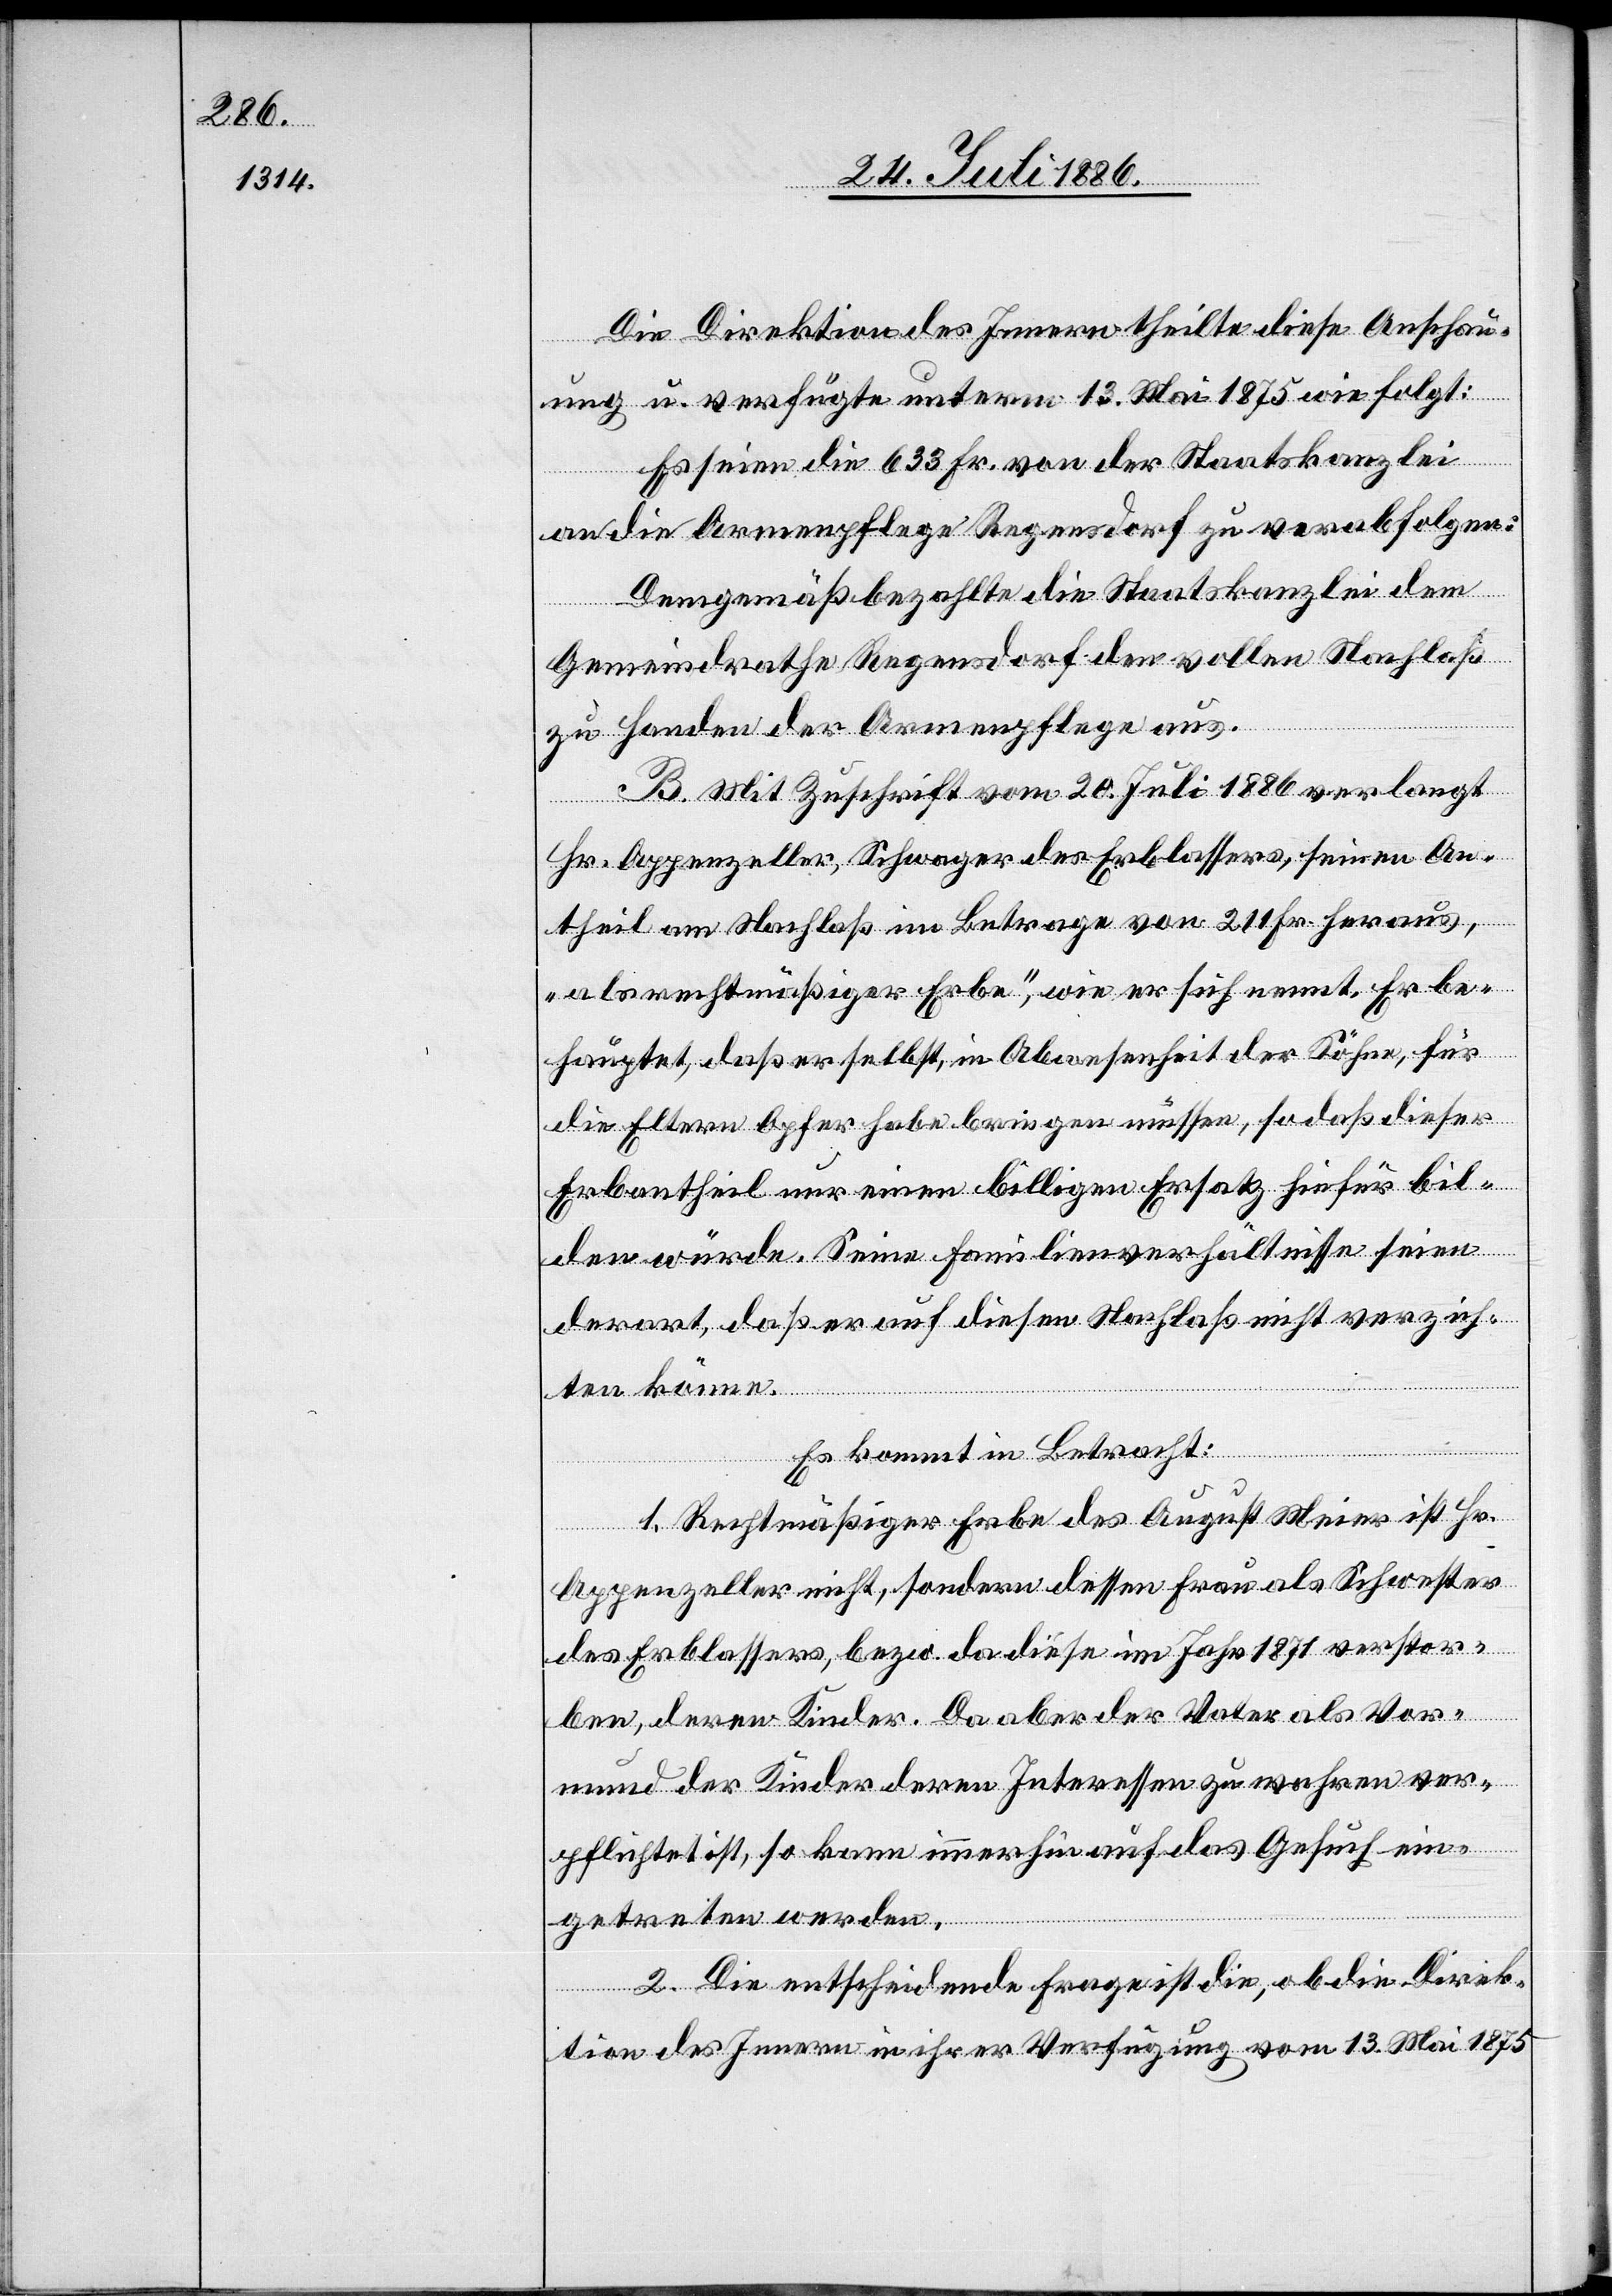
Die Direktion des Innern theilte diese Anschau¬
ung u. verfügte unterm 13. Mai 1875 wie folgt:
Es seien die 633 Fr. von der Staatskanzlei
an die Armenpflege Regensdorf zu verabfolgen:
Demgemäß bezahlte die Staatskanzlei dem
Gemeindrathe Regensdorf den vollen Nachlaß
zu Handen der Armenpflege aus.
B. Mit Zuschrift vom 20. Juli 1886 verlangt
Hr. Appenzeller, Schwager des Erblassers, seinen An¬
theil am Nachlaß im Betrage von 211 Fr. heraus,
„als rechtmäßiger Erbe“, wie er sich nennt. Er be¬
hauptet, daß er selbst, in Abwesenheit der Söhne, für
die Eltern Opfer habe bringen müssen, so daß dieser
Erbantheil nur einen billigen Ersatz hiefür bil¬
den würde. Seine Familienverhältnisse seien
derart, daß er auf diesen Nachlaß nicht verzich¬
ten könne.
Es kommt in Betracht:
1. Rechtmäßiger Erbe des August Meier ist Hr.
Appenzeller nicht, sondern dessen Frau als Schwester
des Erblassers, bezw. da diese im Jahr 1871 verstor¬
ben, deren Kinder. Da aber der Vater als Vor¬
mund der Kinder deren Interessen zu wahren ver¬
pflichtet ist, so kann immerhin auf das Gesuch ein¬
getreten werden.
2. Die entscheidende Frage ist die, ob die Direk¬
tion des Innern in ihrer Verfügung vom 13. Mai 1875